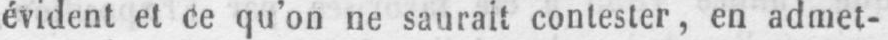
évident et ce qu’on ne saurait contester, en admet-